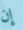
إن